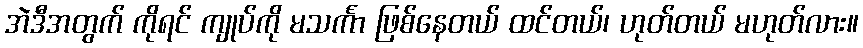
အဲဒီအတွက် ကိုရင် ကျုပ်ကို မသင်္ကာ ဖြစ်နေတယ် ထင်တယ်၊ ဟုတ်တယ် မဟုတ်လား။